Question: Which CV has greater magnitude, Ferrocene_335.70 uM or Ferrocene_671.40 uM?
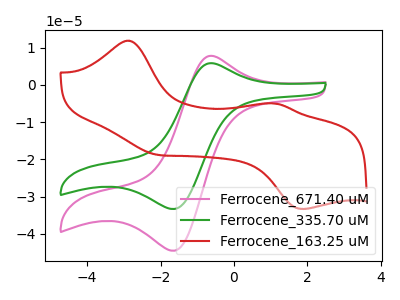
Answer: <think>The pink curve "Ferrocene_671.40 uM" has an anodic peak at (-0.55V, 7.75uA) and a cathodic peak at (-1.60V, -44.50uA). The green curve "Ferrocene_335.70 uM" has an anodic peak at (-0.55V, 5.80uA) and a cathodic peak at (-1.60V, -33.30uA). The red curve "Ferrocene_163.25 uM" has anodic peaks at (-2.90V, 11.90uA) (1.10V, -4.95uA) and cathodic peaks at (-2.15V, -18.65uA) (1.90V, -33.30uA).
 All the peaks in "Ferrocene_335.70 uM" have a peak in "Ferrocene_671.40 uM" at the same potential. Every peak in "Ferrocene_335.70 uM" is lower than every peak in "Ferrocene_671.40 uM".</think>
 <answer>"Ferrocene_335.70 uM" has less signal than "Ferrocene_671.40 uM".</answer>
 <eval>less_signal</eval>